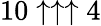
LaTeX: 10\uparrow\uparrow\uparrow 4